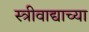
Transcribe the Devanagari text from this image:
स्त्रीवाद्याच्या